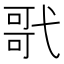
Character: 㢦